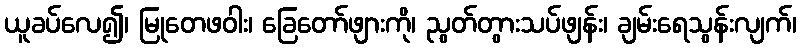
ယူခပ်လေ၍၊ မြုတေဖဝါး၊ ခြေတော်ဖျားကို၊ ညွတ်တွားသပ်ဖျန်း၊ ချမ်းရေသွန်းလျက်၊